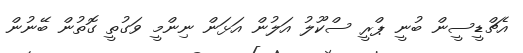
އެޗްޑީސީން ބުނީ ޕްރީ ސްކޫލު އަލުން އަޅަން ނިންމީ ވަގުތީ ގޮތުން ބޭނުން